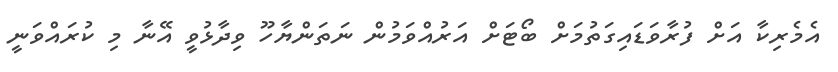
އެމެރިކާ އަށް ފުރާވަޑައިގަތުމަށް ބޯޓަށް އަރުއްވަމުން ނަތަންޔާހޫ ވިދާޅުވީ އޭނާ މި ކުރައްވަނީ